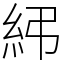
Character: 𥾯